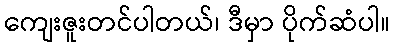
ကျေးဇူးတင်ပါတယ်၊ ဒီမှာ ပိုက်ဆံပါ။